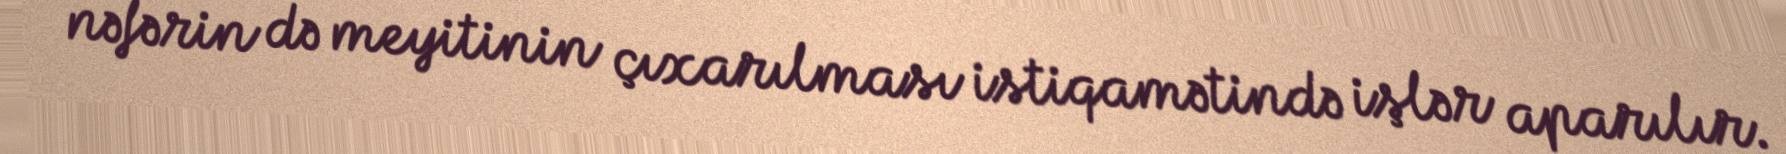
nəfərin də meyitinin çıxarılması istiqamətində işlər aparılır.